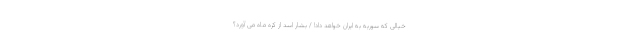
خیالی که سوریه به ایران خواهد داد! / بشار اسد از کره ماه می آورد؟